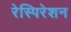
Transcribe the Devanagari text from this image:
रेस्पिरेशन